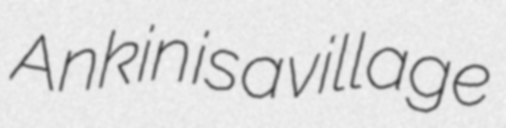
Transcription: Ankin is a village